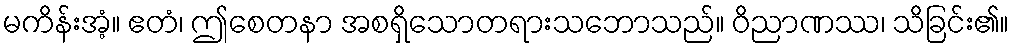
မကိန်းအံ့။ ဧတံ၊ ဤစေတနာ အစရှိသောတရားသဘောသည်။ ဝိညာဏဿ၊ သိခြင်း၏။